Civil Veterinary Dept. Bombay admin report 1932-41 - 1932-1941
Year: 1932
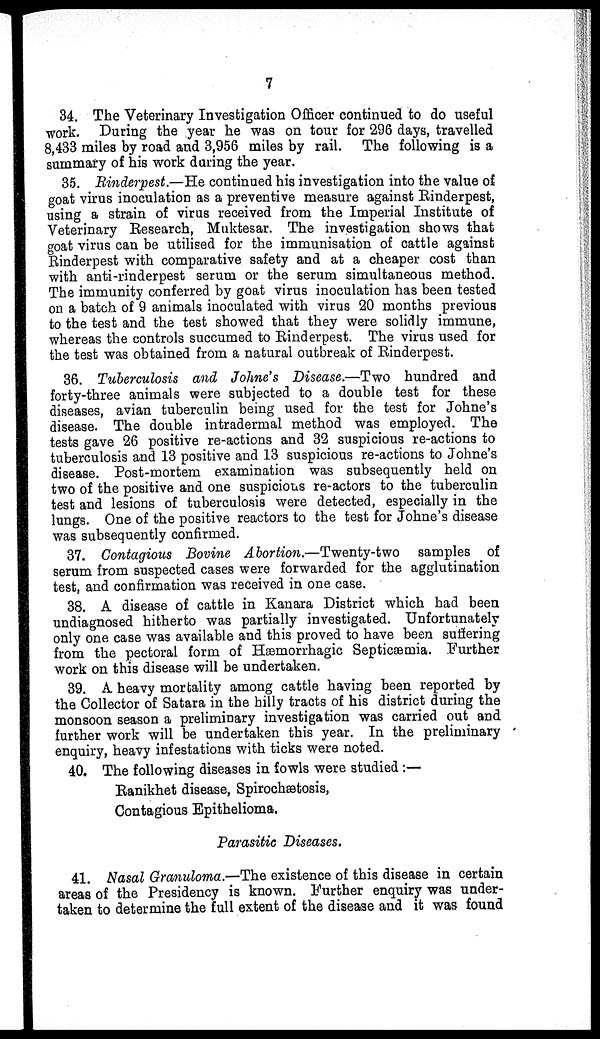
7
34. The Veterinary Investigation Officer continued to do useful
work. During the year he was on tour for 296 days, travelled
8,433 miles by road and 3,956 miles by rail. The following is a
summary of his work during the year.
35. Rinderpest.—He continued his investigation into the value of
goat virus inoculation as a preventive measure against Rinderpest,
using a strain of virus received from the Imperial Institute of
Veterinary Research, Muktesar. The investigation shows that
goat virus can be utilised for the immunisation of cattle against
Rinderpest with comparative safety and at a cheaper cost than
with anti-rinderpest serum or the serum simultaneous method.
The immunity conferred by goat virus inoculation has been tested
on a batch of 9 animals inoculated with virus 20 months previous
to the test and the test showed that they were solidly immune,
whereas the controls succumed to Rinderpest. The virus used for
the test was obtained from a natural outbreak of Rinderpest.
36. Tuberculosis and Johne's Disease.—Two hundred and
forty-three animals were subjected to a double test for these
diseases, avian tuberculin being used for the test for Johne's
disease. The double intradermal method was employed. The
tests gave 26 positive re-actions and 32 suspicious re-actions to
tuberculosis and 13 positive and 13 suspicious re-actions to Johne's
disease. Post-mortem examination was subsequently held on
two of the positive and one suspicious re-actors to the tuberculin
test and lesions of tuberculosis were detected, especially in the
lungs. One of the positive reactors to the test for Johne's disease
was subsequently confirmed.
37. Contagious Bovine Abortion.—Twenty-two
samples of
serum from suspected cases were forwarded for the agglutination
test, and confirmation was received in one case.
38. A disease of cattle in Kanara District which had been
undiagnosed hitherto was partially investigated. Unfortunately
only one case was available and this proved to have been suffering
from the pectoral form of Hæmorrhagic Septicæmia. Further
work on this disease will be undertaken.
39. A heavy mortality among cattle having been reported by
the Collector of Satara in the hilly tracts of his district during the
monsoon season a preliminary investigation was carried out and
further work will be undertaken this year. In the preliminary
enquiry, heavy infestations with ticks were noted.
40. The following diseases in fowls were studied :—
Ranikhet disease, Spirochætosis,
Contagious Epithelioma.
Parasitic Diseases.
41. Nasal Granuloma.—The existence of this disease in certain
areas of the Presidency is known. Further enquiry was under-
taken to determine the full extent of the disease and it was found